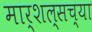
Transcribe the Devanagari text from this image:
मार्शल्सच्या